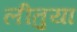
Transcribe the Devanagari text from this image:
लीतुया